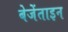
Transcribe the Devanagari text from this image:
बेजेंताइन